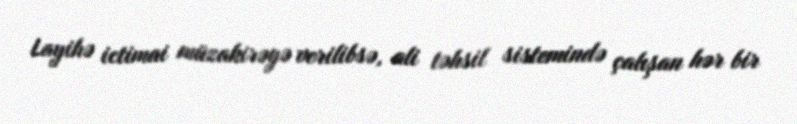
Layihə ictimai müzakirəyə verilibsə, ali təhsil sistemində çalışan hər bir